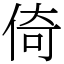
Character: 倚